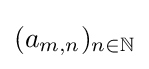
{\textstyle (a_{m,n})_{n\in \mathbb {N} }}